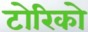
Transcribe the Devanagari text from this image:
टोरिको